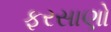
ફરસાણો